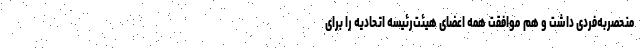
منحصربه‌فردی داشت و هم موافقت همه اعضای هیئت‌رئیسه اتحادیه را برای